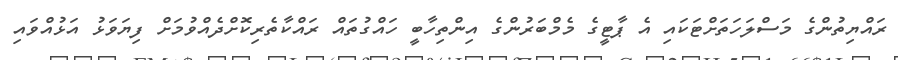
ރައްޔިތުންގެ މަސްލަހަތަށްޓަކައި އެ ޕާޓީގެ މެމްބަރުންގެ އިންތިހާބީ ހައްގުތައް ރައްކާތެރިކޮށްދެއްވުމަށް ފިޔަވަޅު އަޅުއްވައި